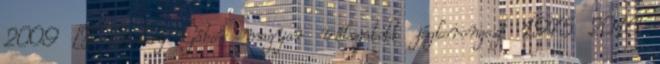
2009 – Ocskay Gábor magyar válogatott jégkorongozó 1975 2016